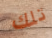
تلك